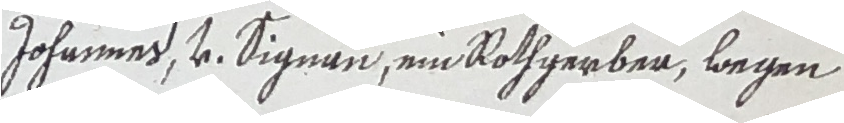
Johannes, u. Signan, ein Rothgerber, wegen